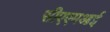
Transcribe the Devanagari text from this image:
सीएएमआई